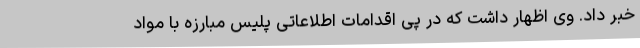
خبر داد. وی اظهار داشت که در پی اقدامات اطلاعاتی پلیس مبارزه با مواد